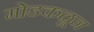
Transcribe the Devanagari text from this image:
मोडकळून